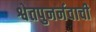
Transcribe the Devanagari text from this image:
श्वेतपुनर्नवाची